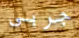
جربى